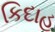
કિદાહ